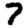
Digit: 7